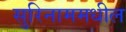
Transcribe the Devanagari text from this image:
सुरिनाममधील